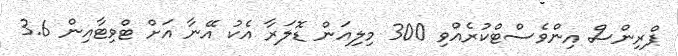
ޕްރިންސް އިންވެސްޓްކުރެއްވި 300 މިލިއަން ޑޮލަރާ އެކު އޭނާ އަށް ޓްވިޓާއިން 3.6